Vaccination in Bombay 1913-1923 - 1913-1923
Year: 1913
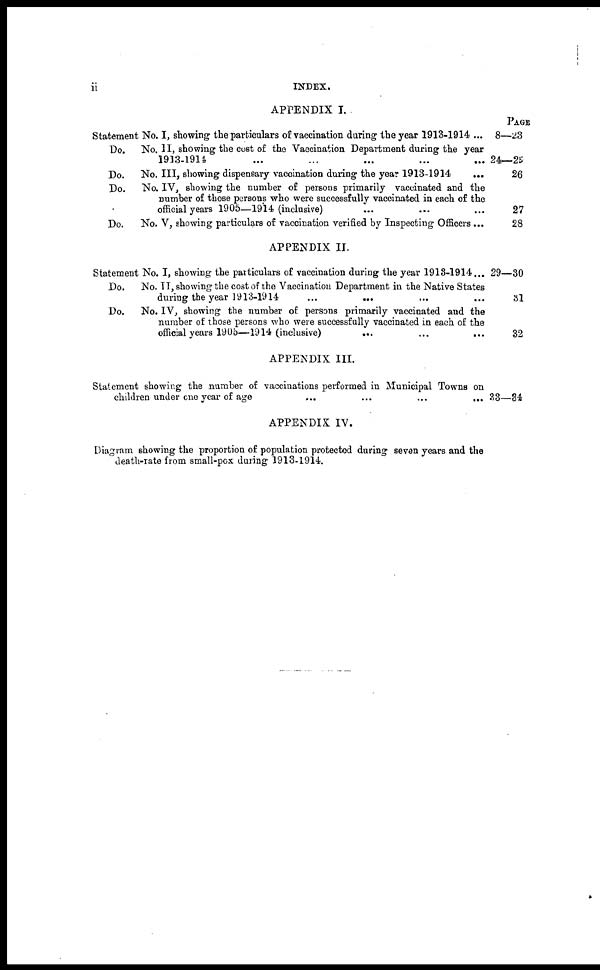
ii
INDEX.
APPENDIX I.
Statement No. I, showing the particulars of vaccination daring the year 1913-1914 ...
Do.
No. II, showing the cost of the Vaccination Department during the year
1913-1914 ... ... ... ... ...
Do.
No. III, showing dispensary vaccination during the year 1913-1914
...
Do.
No. IV, showing the number of persons primarily vaccinated and the
number of those persons who were successfully vaccinated in each of the
official years 1905—1914 (inclusive) ... ... ...
Do.
No. V, showing particulars of vaccination verified by Inspecting Officers ...
APPENDIX II.
Statement No. I, showing the particulars of vaccination during the year 1918-1911...
Do.
No. II, showing the cost of the Vaccination Department in the Native States
during the year 1913-1914
...
... ... ...
Do.
No. IV, showing the number of persons primarily vaccinated and the
number of those persons who were successfully vaccinated in each of the
official years 1905—1914 (inclusive)
...
...
...
APPENDIX III.
Statement showing the number of vaccinations performed in Municipal Towns on
children under one year of age ... ... ... ...
APPENDIX IV.
Diagram showing the proportion of population protected during seven years and the
death-rate from small-pox during 1913-1914.
PAGE
8—23
24—25
26
27
28
29—30
31
32
33—34